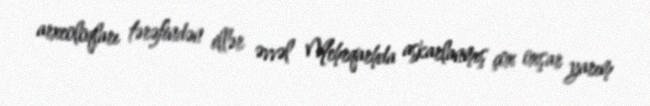
arxeoloqları tərəfindən illər əvvəl Mehrqarhda aşkarlanmış çox oxşar yarım